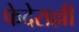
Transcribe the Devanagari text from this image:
फेदेराल्ली